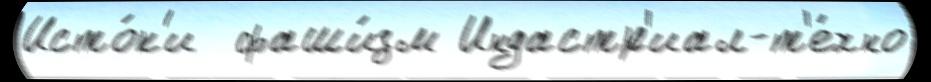
Исто́к'и  фаши́зм Индастр'иал-т'е́хно